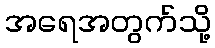
အရေအတွက်သို့